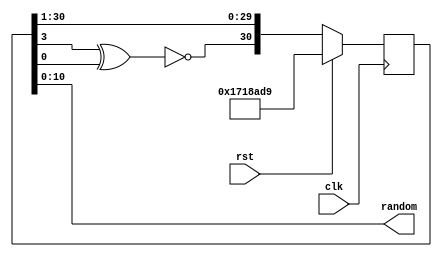
module LFSR
#(
	parameter REG_WIDTH = 31,
	parameter OUT_WIDTH = 11,
	parameter SEED = 24218329
)
(
	input wire clk,
	input wire rst,
	output wire [OUT_WIDTH - 1:0] random
);
reg [REG_WIDTH - 1:0] rand = SEED;
wire feedback;

assign feedback = !(rand[3] ^ rand[0]);

always @(posedge clk)
	if (rst)
		rand <= SEED;
	else
		rand <= {feedback, rand[REG_WIDTH - 1:1]};

assign random = rand[OUT_WIDTH - 1:0];
endmodule